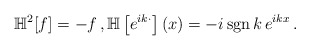
\begin{align*}\mathbb H^2[f]=-f\,,\mathbb H\left[e^{ik\cdot}\right](x)=-i\,{\rm sgn}\,k\,e^{ikx}\,.\end{align*}